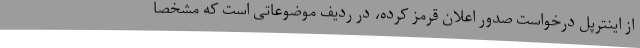
از اینترپل درخواست صدور اعلان قرمز کرده، در ردیف موضوعاتی است که مشخصا